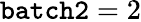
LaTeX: \mathtt{batch2}=2